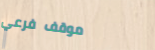
موقف فرعي